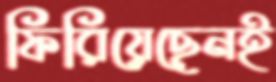
ফিরিয়েছেনই